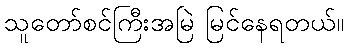
သူတော်စင်ကြီးအမြဲ မြင်နေရတယ်။